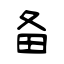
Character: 备